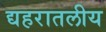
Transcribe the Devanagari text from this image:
द्यहरातलीय